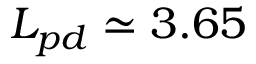
L _ { p d } \simeq 3 . 6 5